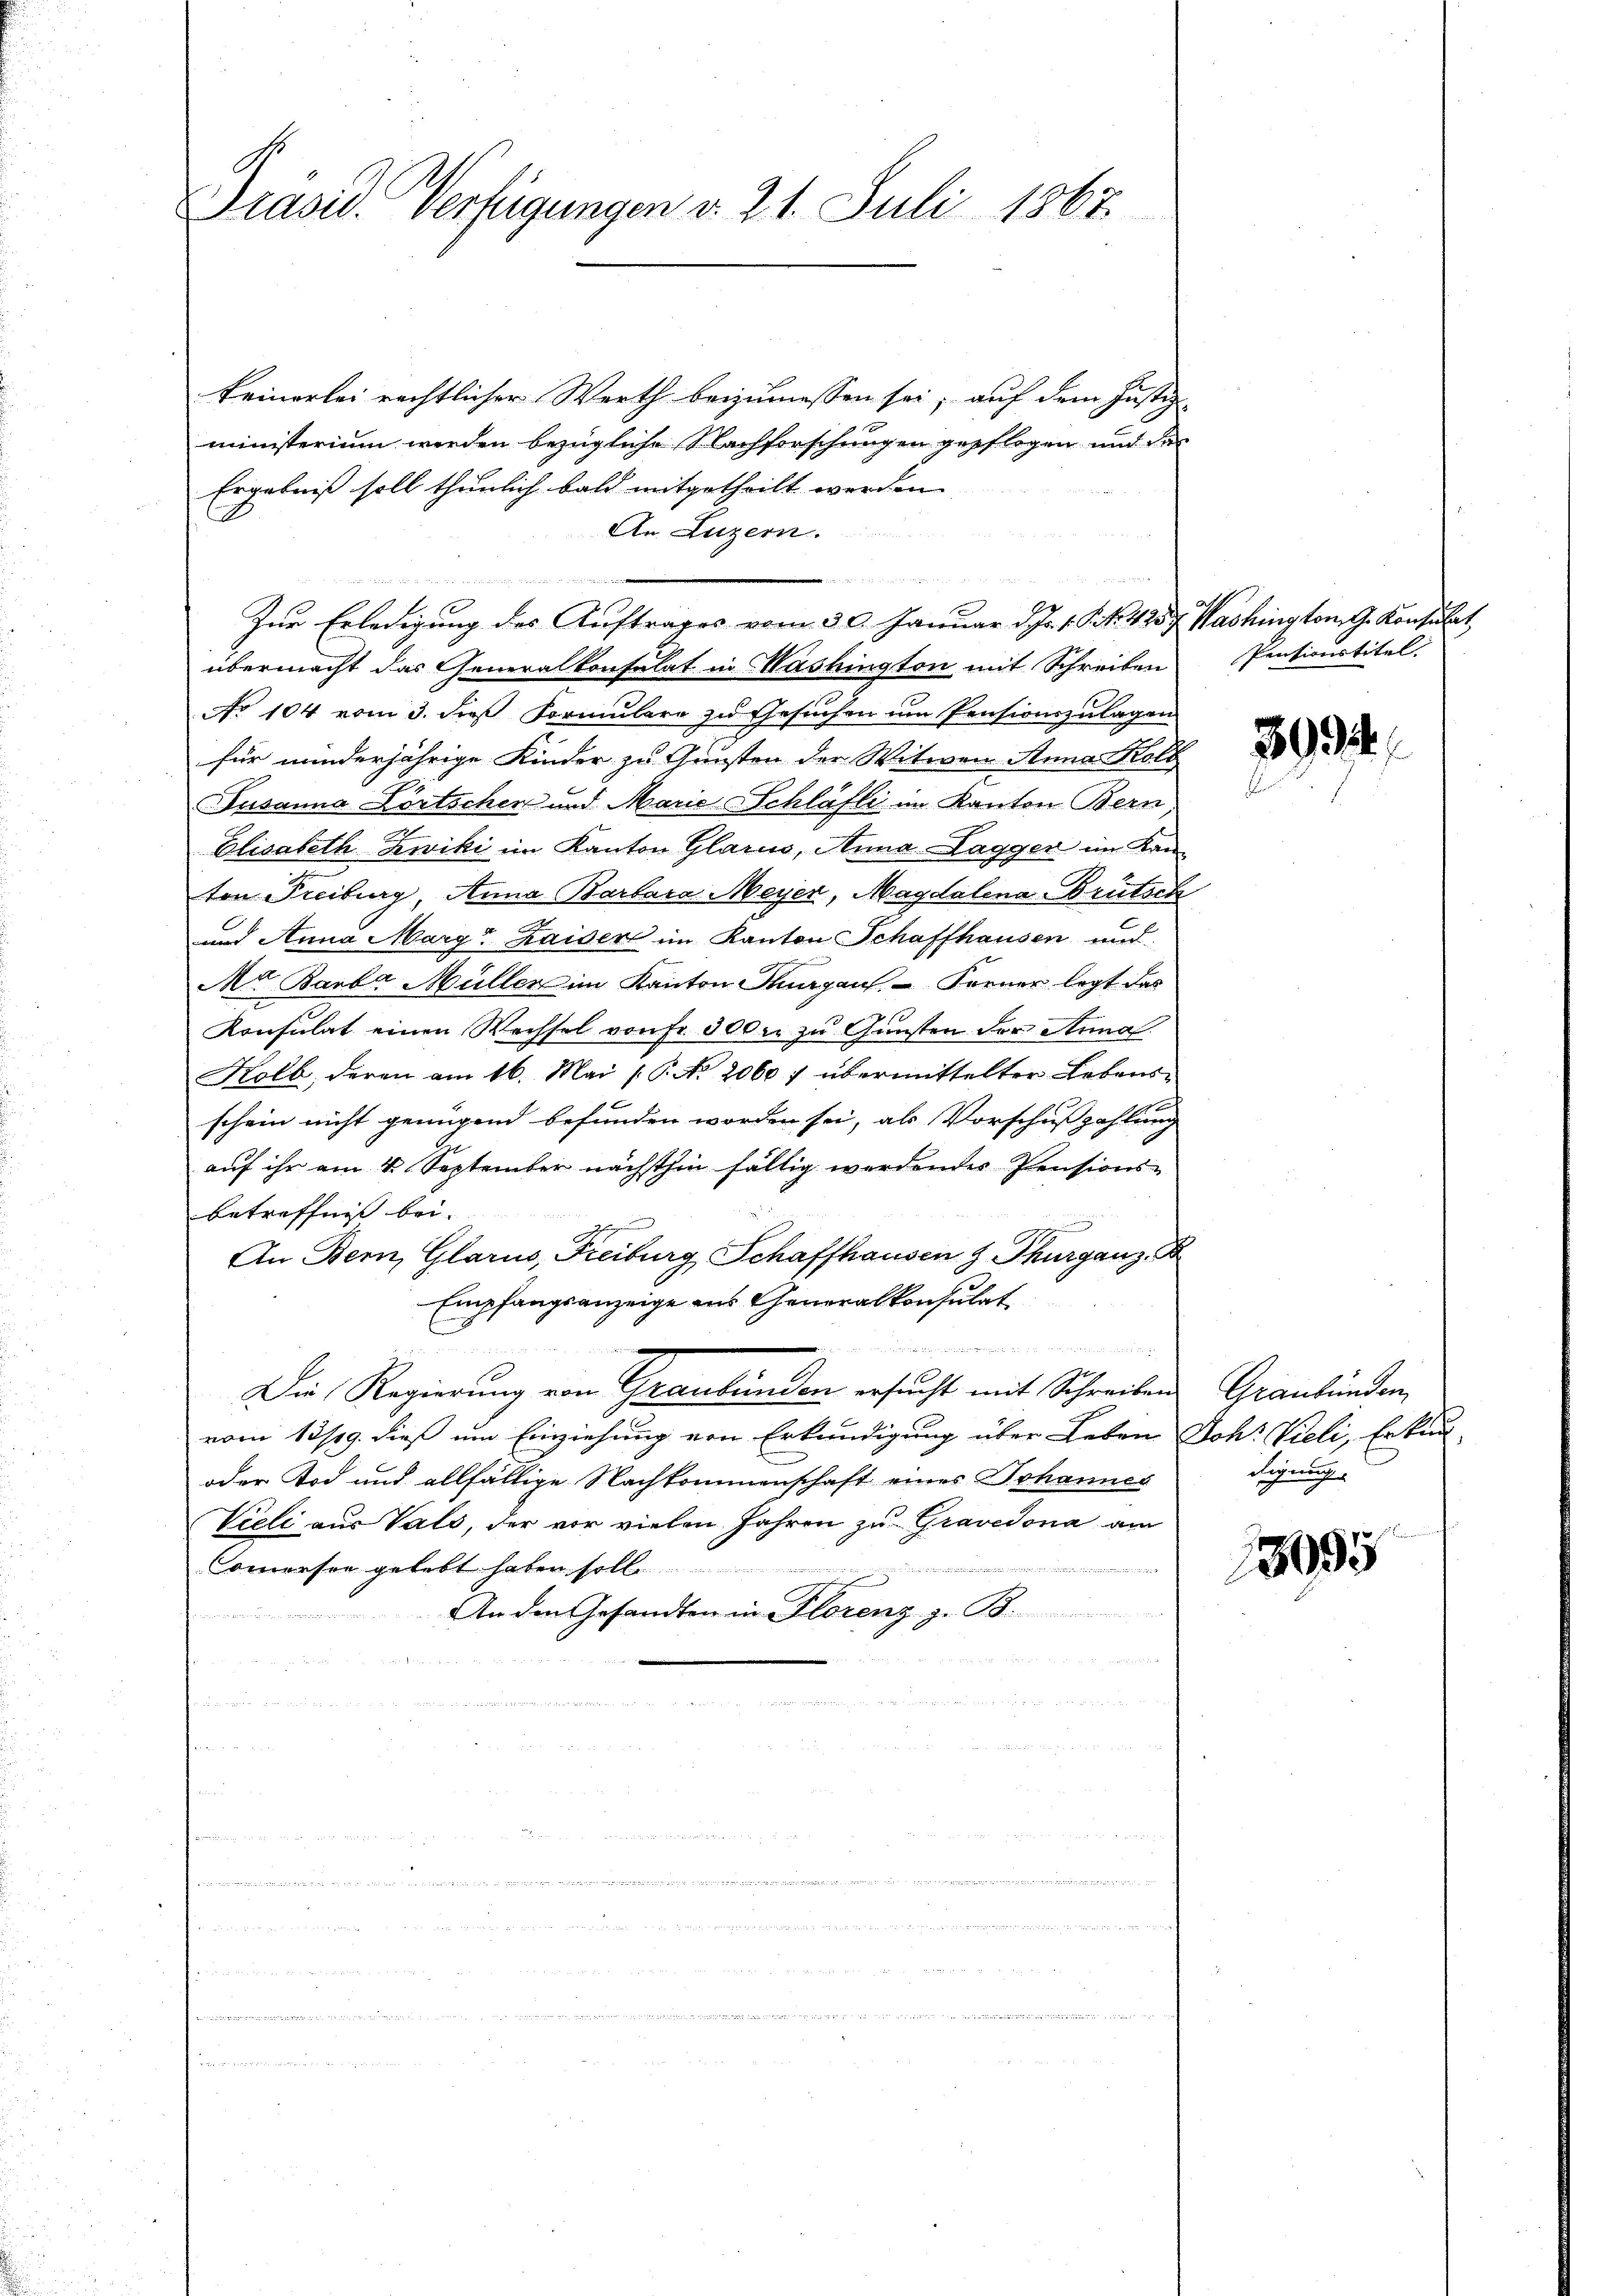
Präsid. Verfügungen d. 21. Juli 1862

keinerlei rechtlicher Werth beizumessen sei, auf dem Justiz
ministerium werden bezügliche Nachforschungen gepflogen und des
Ergebniß soll thunlich bald mitgetheilt werden
An Luzern.
Zŭr Erledigung des Auftrages vom 30. Januar d. J. v. J. N. 4357. Washington G. Konsulat,
übermacht das Generalkonsulat in Washington mit Schreiben
No 104 vom 3. dieß Vormulare zu Gesuchen um Pensionszulagen
für minderjährige Kinder zu Gunsten der Witwen Anna Kolb
Jusanna Körtschen und Marie Schläfli im Kanton Bern
Elisabeth Zwiki im Kanton Glarus, Anna Lagger im Kanton Freiburg, Anna Barbara Meyer, Magdalena Brütsch
und Anna Margr Kaiser im Kanton Schaffhausen und
Mr Barbar Müller im Kanton Kurgaus, Forner legt das
Konsulat einen Wechsel von Fr. 300 er zu Gunsten der Anna
Kolb, deren am 16. Mai (C. No. 2060 7 übermittelter Lebensschein nicht genügend befunden worden sei, als Vorschußzahlung
auf ihr am 4. September nächsthin fällig werdendes Pensionsbetreffnis bei.
An Bern, Glarus, Freiburg Schaffhausen z. Thurganz B
Empfangsanzeige aus Generalkonsulat

J

t
Die Regierung von Graubünden ersucht mit Schreiben Graubünden,
vom 13/19. dieß um Einziehung von Erkundigung über Leben Joh: Vieli, Erkun-
oder Tod und allfällige Nachkommenschaft eines Johannes
Vieli aus Vals, der vor vielen Jahren zu Gravedona am
x
omersee gelebt haben soll
An den Gesandten in Florenz z. B.

Pentionstitel. |

3994

digung

13995